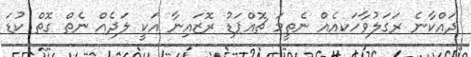
ދައްކާނެ ރަގަލުވާހަކއެއް ނެތީމަ ޗޮއްޕަޑު ރޮޒައިނާ އަކީ ލަދެއް ނެތް ގޮތް ކުޑަ